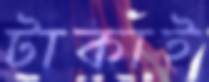
টাকাই